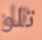
تلو